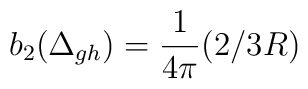
b_{2}(\Delta_{gh})={ 1\over 4\pi}( 2/3 R)